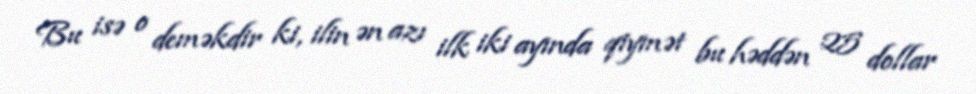
Bu isə o deməkdir ki, ilin ən azı ilk iki ayında qiymət bu həddən 25 dollar